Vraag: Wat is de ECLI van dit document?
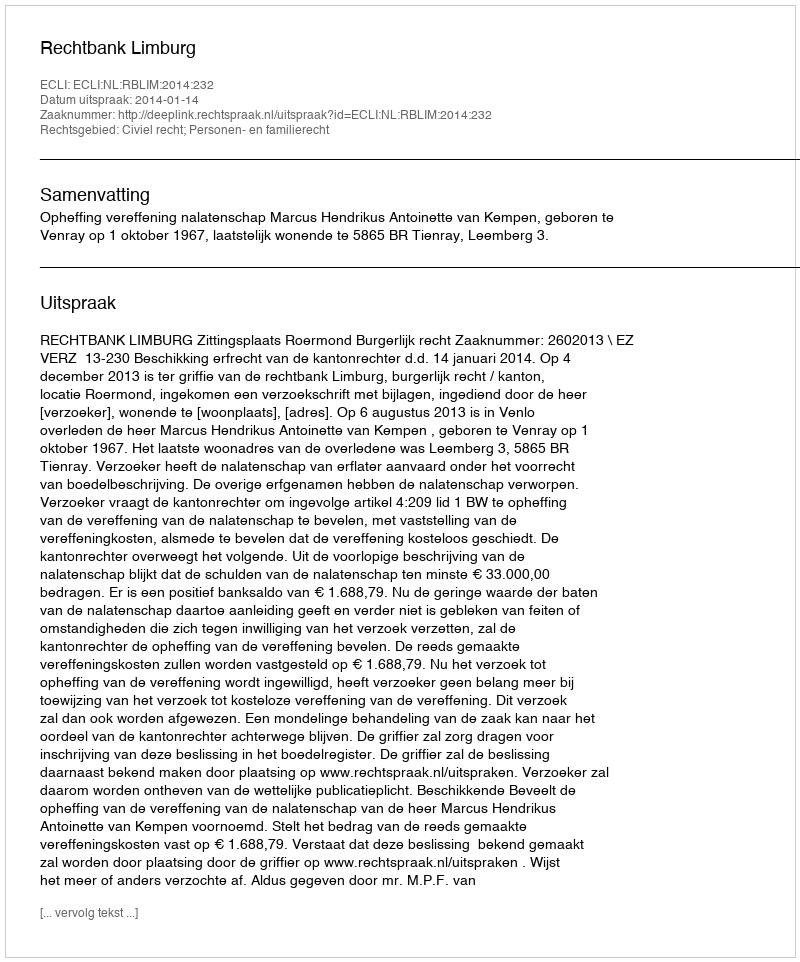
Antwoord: ECLI:NL:RBLIM:2014:232